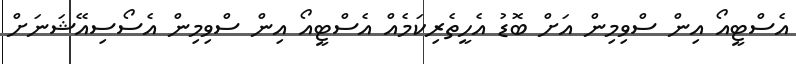
އެސްޓީއޯ އިން ސްވިމިން އަށް ބޮޑު އެހީތެރިކަމެއް އެސްޓީއޯ އިން ސްވިމިން އެސޯސިއޭޝަނަށް